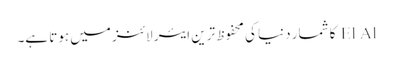
El Al کا شمار دنیا کی محفوظ ترین ایئر لائنز میں ہوتا ہے۔